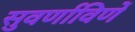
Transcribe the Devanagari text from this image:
सुवर्णाविणें